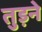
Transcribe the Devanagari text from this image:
तुड़ने